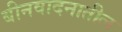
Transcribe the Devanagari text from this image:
बीनवादनातील